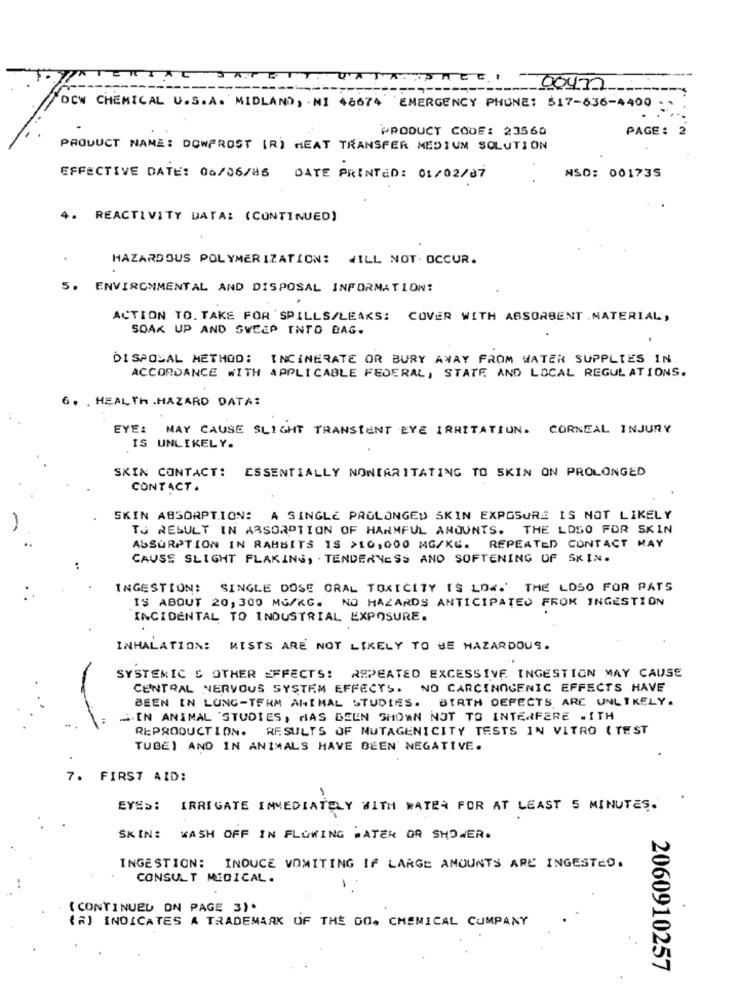
ATERIAL JAFEIT DATASHECIOOU72
---
-------
===-------
DOW CHEMICAL U.S.A. MIDLAND, MI 48674 EMERGENCY PHONE: $17-636-4400
PRODUCT CODE: 23560
PAGE: 2
PRODUCT NAME : DOWPROST (R) HEAT TRANSFER MEDIUM SOLUTION
EFFECTIVE DATE: 06/06/216 DATE PRINTED: 01/02/07
NSD: 001735
4.
REACTIVITY DATA: (CONTINUED)
HAZARDOUS POLYMERIZATION: WILL NOT. OCCUR.
5. ENVIRONMENTAL AND DISPOSAL INFORMATION:
ACTION TO. TAKE FOR 'SPILLS/LEAKS: COVER WITH ABSORBENT .MATERIAL,
SOAK UP AND SWEEP INTO BAG.
DISPOSAL METHOD: INCINERATE OR BURY AWAY FROM WATER SUPPLIES IN
ACCORDANCE WITH APPLICABLE FEDERAL, STATE AND LOCAL REGULATIONS.
6. . HEALTH .HAZARD DATA:
EYE: MAY CAUSE SLIGHT TRANSIENT EYE IRRITATION. CORNEAL INJURY
IS UNLIKELY.
SKIN CONTACT: ESSENTIALLY NONIRRITATING TO SKIN ON PROLONGED
CONTACT.
SKIN ABSORPTION: A SINGLE PROLONGED SKIN EXPOSURE IS NOT LIKELY
TO RESULT IN ABSORPTION OF HARMFUL AMOUNTS. THE LOGO FOR SKIN
ASSURPTION IN RABBITS IS >10,000 MG/KG. REPEATED CONTACT MAY
CAUSES SLIGHT FLAKING, . TENDERNESS AND SOFTENING OF SKIN.
INGESTION: SINGLE DOSE ORAL TOXICITY IS LOW.' THE LOSO FOR PATS
IS ABOUT 20,300 MG/KG. NO HAZARDS ANTICIPATED FROM INGESTION
INCIDENTAL TO INDUSTRIAL EXPOSURE.
INHALATION: MISTS ARE NOT LIKELY TO BE HAZARDOUS.
SYSTEMIC S OTHER EFFECTS: REPEATED EXCESSIVE INGESTION MAY CAUSE
CENTRAL NERVOUS SYSTEM EFFECTS. NO CARCINOGENIC EFFECTS HAVE
BEEN IN LONG-TERM ANIMAL STUDIES. BIRTH DEFECTS ARE UNLIKELY.
SIN ANIMAL 'STUDIES, HAS BEEN SHOWN NOT TO INTERFERE . ITH
REPRODUCTION. RESULTS OF MUTAGENICITY TESTS IN VITRO ( TEST
TUBE) AND IN ANIMALS HAVE BEEN' NEGATIVE.
7.
FIRST AID:
EYES:
IRRIGATE IMMEDIATELY WITH WATER FOR AT LEAST 5 MINUTES.
SKIN: WASH OFF IN FLOWING WATER OR SHOWER.
INGESTION: INDUCE VOMITING IF LARGE AMOUNTS ARE INGESTED.
CONSULT MEDICAL.
-
( CONTINUED ON PAGE 3).
(R) INDICATES A TRADEMARK OF THE GO. CHEMICAL COMPANY
2060910257